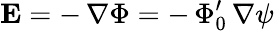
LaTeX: {\mathbf E}=-\, \nabla\Phi=-\, \Phi_{0}^{\prime}\, \nabla\psi